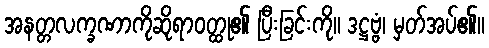
အနတ္တလက္ခဏာကိုဆိုရာဝတ္ထု၏ ပြီးခြင်းကို။ ဒဋ္ဌဗ္ဗံ၊ မှတ်အပ်၏။